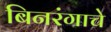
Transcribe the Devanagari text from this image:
बिनरंगाचे